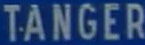
TANGER